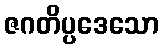
ဇဂတိပ္ပဒေသော